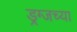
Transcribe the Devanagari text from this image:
ड्रग्जच्या